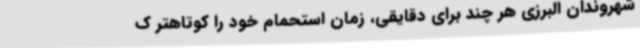
شهروندان البرزی هر چند برای دقایقی، زمان استحمام خود را کوتاهتر ک